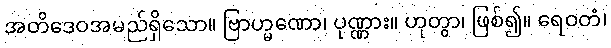
အတိဒေဝအမည်ရှိသော။ ဗြာဟ္မဏော၊ ပုဏ္ဏား။ ဟုတွာ၊ ဖြစ်၍။ ရေဝတံ၊